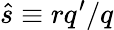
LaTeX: \hat{s}\equiv rq^{\prime}/q